Civil Veterinary Dept. Bombay admin report 1923-31 - 1923-1931
Year: 1923
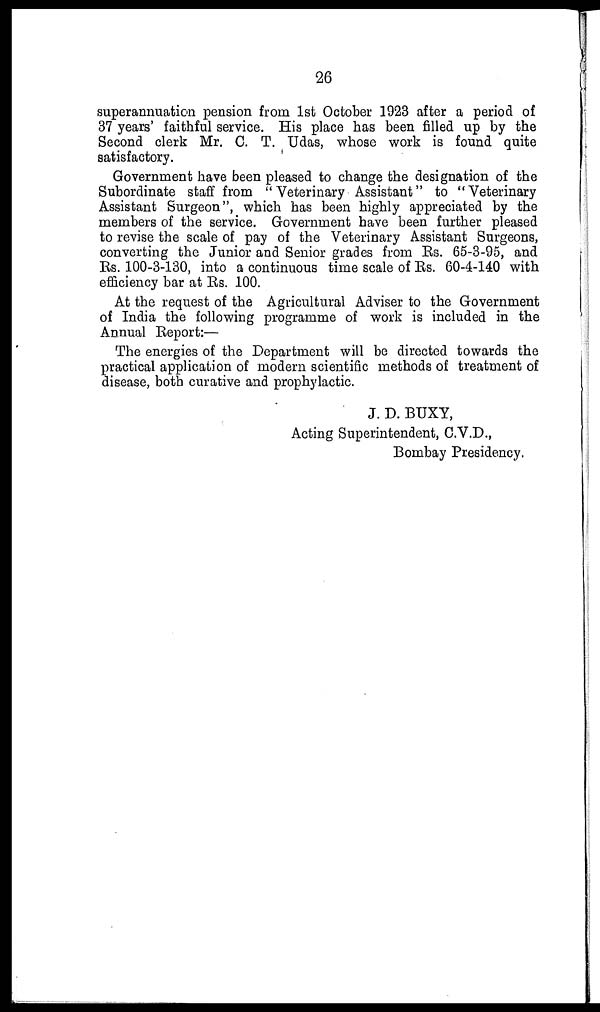
26
superannuation pension from 1st October 1923 after a period of
37 years' faithful service. His place has been filled up by the
Second clerk Mr. C. T. Udas, whose work is found quite
satisfactory.
Government have been pleased to change the designation of the
Subordinate staff from "Veterinary Assistant" to "Veterinary
Assistant Surgeon", which has been highly appreciated by the
members of the service. Government have been further pleased
to revise the scale of pay of the Veterinary Assistant Surgeons,
converting the Junior and Senior grades from Rs. 65-3-95, and
Rs. 100-3-130, into a continuous time scale of Rs. 60-4-140 with
efficiency bar at Rs. 100.
At the request of the Agricultural Adviser to the Government
of India the following programme of work is included in the
Annual Report:—
The energies of the Department will be directed towards the
practical application of modern scientific methods of treatment of
disease, both curative and prophylactic.
J. D. BUXY,
Acting Superintendent, C.V.D.,
Bombay Presidency.